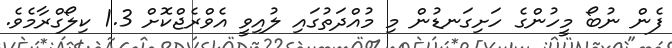
ފެން ނުބޯ މީހުންގެ ހަށިގަނޑުން މި މުއްދަތުގައި ލުއިވީ އެވްރެޖްކޮށް 1.3 ކިލޯގްރާމެވެ.